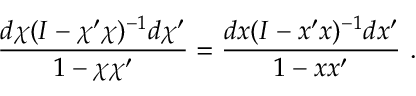
\frac { d \chi ( I - \chi ^ { \prime } \chi ) ^ { - 1 } d \chi ^ { \prime } } { 1 - \chi \chi ^ { \prime } } = \frac { d x ( I - x ^ { \prime } x ) ^ { - 1 } d x ^ { \prime } } { 1 - x x ^ { \prime } } ~ .